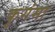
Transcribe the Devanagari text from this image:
कुगंमा